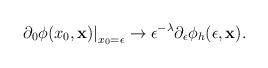
LaTeX: \begin{align*}\left.\partial_0 \phi(x_0,{\bf x})\right|_{x_0=\epsilon} \to \epsilon^{-\lambda} \partial_\epsilon \phi_h(\epsilon,{\bf x}).\end{align*}